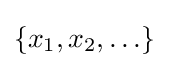
\left\{x_{1},x_{2},\ldots \right\}